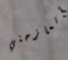
أتمازحني